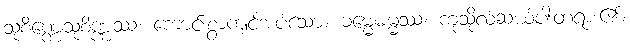
သုစိဏ္ဏေသုစိဏ္ဏဿ၊ ကောင်းစွာကျင့်အပ်သော။ ဓမ္မေဓမ္မဿ၊ ကုသိုလ်ဆယ်ပါးတရား၏။